Indian journal of veterinary science and animal husbandry - Volume 4,
Year: 1934
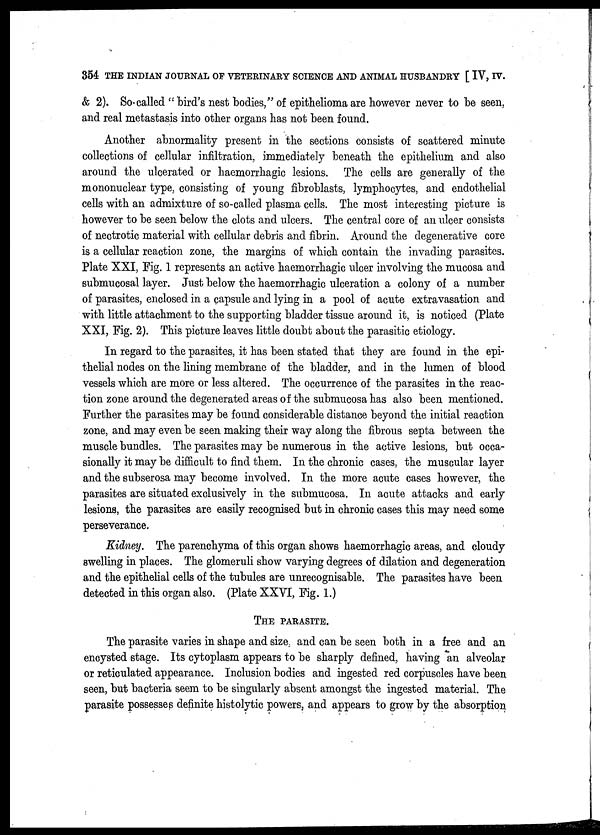
354 THE INDIAN JOURNAL OF VETERINARY SCIENCE AND ANIMAL HUSBANDRY [ IV, IV.
& 2). So-called "bird's nest bodies," of epithelioma are however never to be seen,
and real metastasis into other organs has not been found.
Another abnormality present in the sections consists of scattered minute
collections of cellular infiltration, immediately beneath the epithelium and also
around the ulcerated or haemorrhagic lesions. The cells are generally of the
mononuclear type, consisting of young fibroblasts, lymphocytes, and endothelial
cells with an admixture of so-called plasma cells. The most interesting picture is
however to be seen below the clots and ulcers. The central core of an ulcer consists
of nectrotic material with cellular debris and fibrin. Around the degenerative core
is a cellular reaction zone, the margins of which contain the invading parasites.
Plate XXI, Fig. 1 represents an active haemorrhagic ulcer involving the mucosa and
submucosal layer. Just below the haemorrhagic ulceration a colony of a number
of parasites, enclosed in a capsule and lying in a pool of acute extravasation and
with little attachment to the supporting bladder tissue around it, is noticed (Plate
XXI, Fig. 2). This picture leaves little doubt about the parasitic etiology.
In regard to the parasites, it has been stated that they are found in the epi-
thelial nodes on the lining membrane of the bladder, and in the lumen of blood
vessels which are more or less altered. The occurrence of the parasites in the reac-
tion zone around the degenerated areas of the submucosa has also been mentioned.
Further the parasites may be found considerable distance beyond the initial reaction
zone, and may even be seen making their way along the fibrous septa between the
muscle bundles. The parasites may be numerous in the active lesions, but occa-
sionally it may be difficult to find them. In the chronic cases, the muscular layer
and the subserosa may become involved. In the more acute cases however, the
parasites are situated exclusively in the submucosa. In acute attacks and early
lesions, the parasites are easily recognised but in chronic cases this may need some
perseverance.
Kidney. The parenchyma of this organ shows haemorrhagic areas, and cloudy
swelling in places. The glomeruli show varying degrees of dilation and degeneration
and the epithelial cells of the tubules are unrecognisable. The parasites have been
detected in this organ also. (Plate XXVI, Fig. 1.)
THE PARASITE.
The parasite varies in shape and size, and can be seen both in a free and an
encysted stage. Its cytoplasm appears to be sharply defined, having an alveolar
or reticulated appearance. Inclusion bodies and ingested red corpuscles have been
seen, but bacteria seem to be singularly absent amongst the ingested material. The
parasite possesses definite histolytic powers, and appears to grow by the absorption